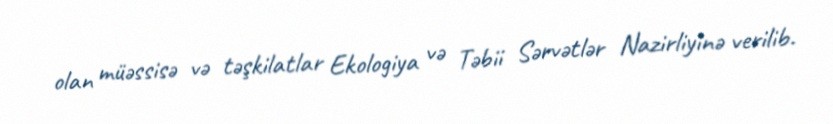
olan müəssisə və təşkilatlar Ekologiya və Təbii Sərvətlər Nazirliyinə verilib.